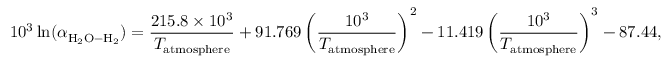
1 0 ^ { 3 } \ln ( \alpha _ { \mathrm { H _ { 2 } O - H _ { 2 } } } ) = \frac { 2 1 5 . 8 \times 1 0 ^ { 3 } } { T _ { \mathrm { a t m o s p h e r e } } } + 9 1 . 7 6 9 \left( \frac { 1 0 ^ { 3 } } { T _ { \mathrm { a t m o s p h e r e } } } \right) ^ { 2 } - 1 1 . 4 1 9 \left( \frac { 1 0 ^ { 3 } } { T _ { \mathrm { a t m o s p h e r e } } } \right) ^ { 3 } - 8 7 . 4 4 ,